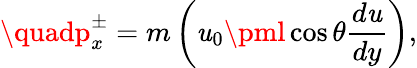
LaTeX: \quadp_{x}^{\pm}=m\left(\mathit{u}_{0}\pml\cos\theta{\frac{{d\mathit{u}}}{{dy}}}\right),